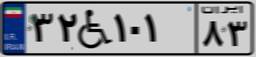
۰۹W۵۸۷۹۰